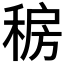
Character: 𰨯